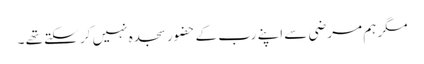
مگر ہم مرضی سے اپنے رب کے حضور سجدہ نہیں کر سکتے تھے ۔